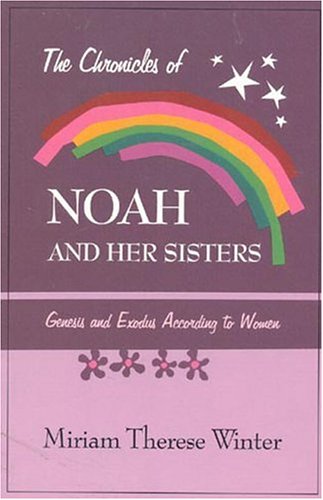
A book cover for The Chronicles of Noah & Her Sisters: Genesis and Exodus According to Women; Miriam Winter; Christian Books & Bibles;